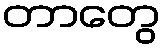
တာတွေ